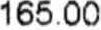
165.00